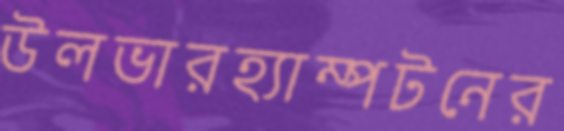
উলভারহ্যাম্পটনের